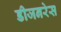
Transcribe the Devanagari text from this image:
डीजनरेस